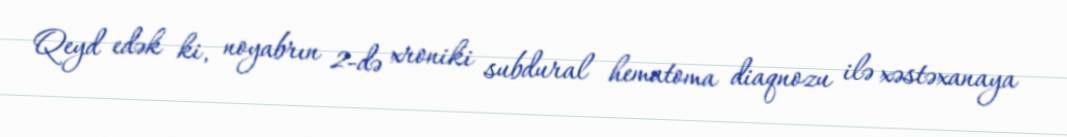
Qeyd edək ki, noyabrın 2-də xroniki subdural hematoma diaqnozu ilə xəstəxanaya